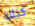
كذلك